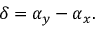
\delta = \alpha _ { y } - \alpha _ { x } .